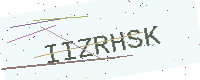
Text: IIZRHSK